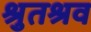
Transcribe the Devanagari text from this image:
श्रुतश्रव